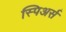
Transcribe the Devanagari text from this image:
स्पिअर्स